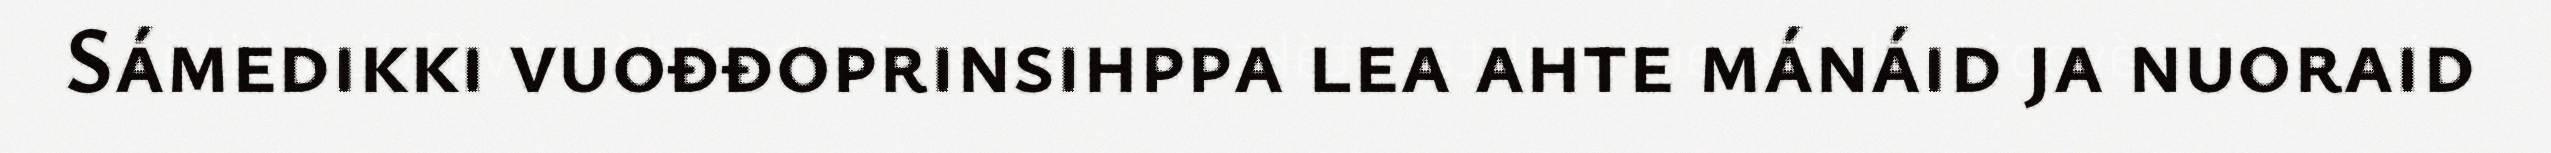
Sámedikki vuođđoprinsihppa lea ahte mánáid ja nuoraid